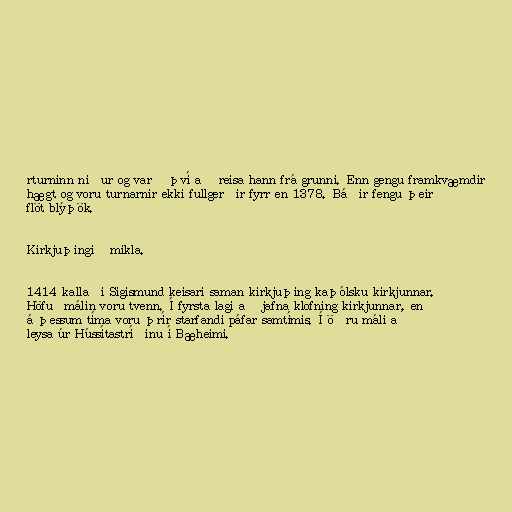
rturninn niður og varð því að reisa hann frá grunni. Enn gengu framkvæmdir
hægt og voru turnarnir ekki fullgerðir fyrr en 1378. Báðir fengu þeir
flöt blýþök.

Kirkjuþingið mikla.

1414 kallaði Sigismund keisari saman kirkjuþing kaþólsku kirkjunnar.
Höfuðmálin voru tvenn. Í fyrsta lagi að jafna klofning kirkjunnar, en
á þessum tíma voru þrír starfandi páfar samtímis. Í öðru máli að
leysa úr Hússítastríðinu í Bæheimi.